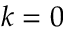
k = 0